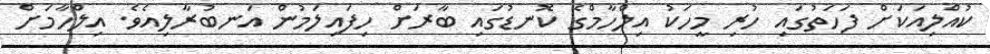
ކުއްލިއަކަށް ފަހަތުގައި ހުރި މީހަކު އިލްހާމްގެ ކޮނޑުގައި ބާރަށް ހިފައިލަމުން އަނބުރާލިއެވެ. އިލްހާމަށް